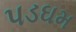
પડઘમ